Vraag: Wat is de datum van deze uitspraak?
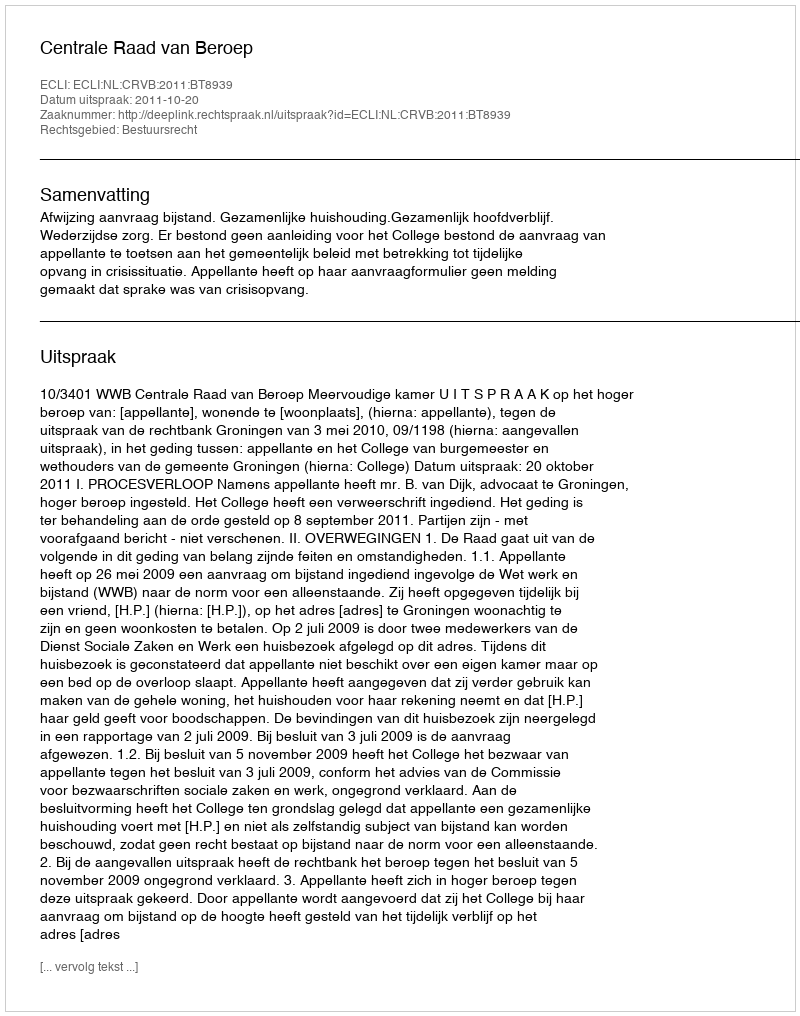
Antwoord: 2011-10-20